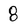
Character: 8